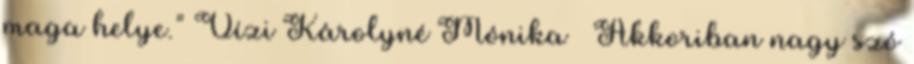
maga helye.” Vízi Károlyné Mónika – Akkoriban nagy szó